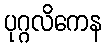
ပုဂ္ဂလိကေန